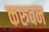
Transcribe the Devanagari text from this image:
करुवन